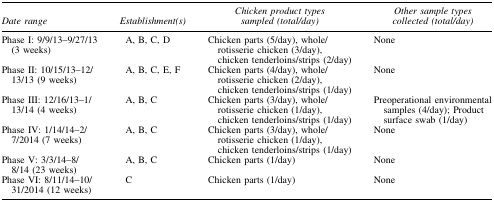
| Date range | Establishment(s) | Chicken product types sampled (total/day) | Other sample types collected (total/day) |
 | --- | --- | --- | --- |
 | Phase I: 9/9/13–9/27/13 (3 weeks) | A, B, C, D | Chicken parts (5/day), whole/rotisserie chicken (3/day), chicken tenderloins/strips (2/day) | None |
 | Phase II: 10/15/13–12/13/13 (9 weeks) | A, B, C, E, F | Chicken parts (4/day), whole/rotisserie chicken (2/day), chicken tenderloins/strips (1/day) | None |
 | Phase III: 12/16/13–1/13/14 (4 weeks) | A, B, C | Chicken parts (3/day), whole/rotisserie chicken (1/day), chicken tenderloins/strips (1/day) | Preoperational environmental samples (4/day); Product surface swab (1/day) |
 | Phase IV: 1/14/14–2/7/2014 (7 weeks) | A, B, C | Chicken parts (3/day), whole/rotisserie chicken (1/day), chicken tenderloins/strips (1/day) | None |
 | Phase V: 3/3/14–8/8/14 (23 weeks) | A, B, C | Chicken parts (1/day) | None |
 | Phase VI: 8/11/14–10/31/2014 (12 weeks) | C | Chicken parts (1/day) | None |